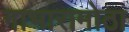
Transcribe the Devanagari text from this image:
गाभारामोठा